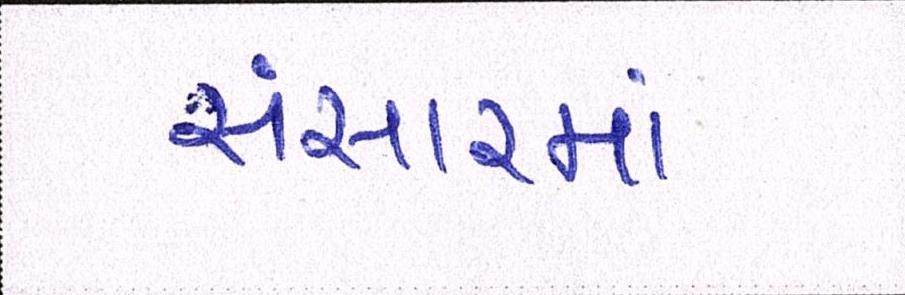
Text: સંસારમાં